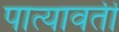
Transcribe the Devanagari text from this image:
पात्यावर्ती